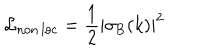
\mathcal { L } _ { \mathrm { n o n \, l o c } } = { \frac { 1 } { 2 } } | \sigma _ { \mathrm { B } } ( k ) | ^ { 2 }